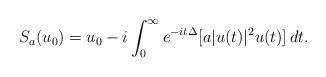
LaTeX: \begin{align*}S_a(u_0) = u_0 -i\int_0^\infty e^{-it\Delta}[a|u(t)|^2 u(t)]\,dt. \end{align*}